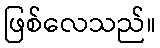
ဖြစ်လေသည်။